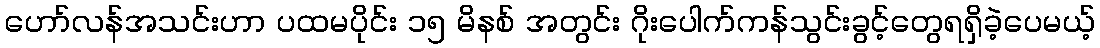
ဟော်လန်အသင်းဟာ ပထမပိုင်း ၁၅ မိနစ် အတွင်း ဂိုးပေါက်ကန်သွင်းခွင့်တွေရရှိခဲ့ပေမယ့်